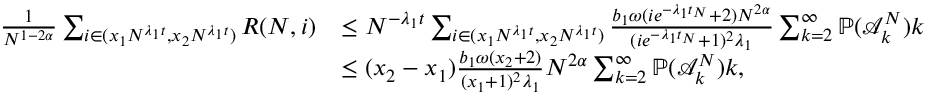
\begin{array} { r l } { \frac { 1 } { N ^ { 1 - 2 \alpha } } \sum _ { i \in ( x _ { 1 } N ^ { \lambda _ { 1 } t } , x _ { 2 } N ^ { \lambda _ { 1 } t } ) } R ( N , i ) } & { \leq N ^ { - \lambda _ { 1 } t } \sum _ { i \in ( x _ { 1 } N ^ { \lambda _ { 1 } t } , x _ { 2 } N ^ { \lambda _ { 1 } t } ) } \frac { b _ { 1 } \omega ( i e ^ { - \lambda _ { 1 } t _ { N } } + 2 ) N ^ { 2 \alpha } } { ( i e ^ { - \lambda _ { 1 } t _ { N } } + 1 ) ^ { 2 } \lambda _ { 1 } } \sum _ { k = 2 } ^ { \infty } \mathbb { P } ( \mathcal { A } _ { k } ^ { N } ) k } \\ & { \leq ( x _ { 2 } - x _ { 1 } ) \frac { b _ { 1 } \omega ( x _ { 2 } + 2 ) } { ( x _ { 1 } + 1 ) ^ { 2 } \lambda _ { 1 } } N ^ { 2 \alpha } \sum _ { k = 2 } ^ { \infty } \mathbb { P } ( \mathcal { A } _ { k } ^ { N } ) k , } \end{array}